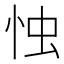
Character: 𢘷